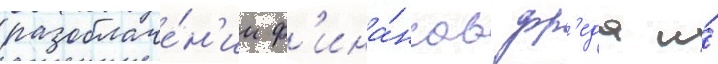
разоблаче́н'ии ф'ина́нсов фр'еда и́